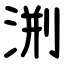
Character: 渆